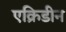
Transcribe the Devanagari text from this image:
एक्रिडीन